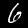
Label: 6